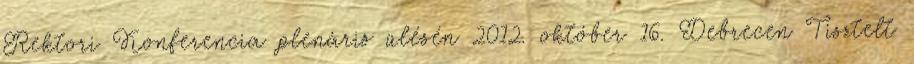
Rektori Konferencia plenáris ülésén 2012. október 16. Debrecen Tisztelt